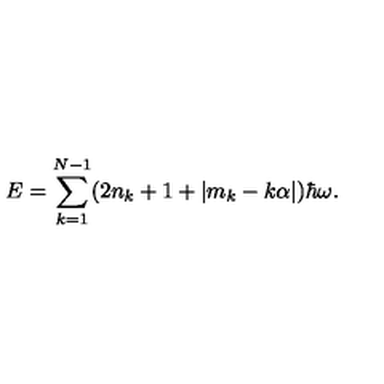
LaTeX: E = \sum _ { k = 1 } ^ { N - 1 } ( 2 n _ { k } + 1 + | m _ { k } - k \alpha | ) \hbar \omega .